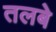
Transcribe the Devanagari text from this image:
तलबे